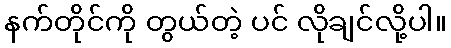
နက်တိုင်ကို တွယ်တဲ့ ပင် လိုချင်လို့ပါ။